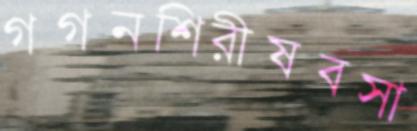
গগনশিরীষবসা